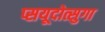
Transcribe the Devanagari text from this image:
प्सयूदोत्सुगा